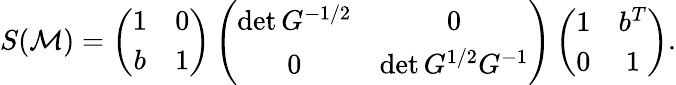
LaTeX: S({\cal M})=\left(\begin{array}{cc}{{1}}&{{0}}\\ {{b}}&{{1}}\end{array}\right)\left(\begin{array}{cc}{{\operatorname*{det}G^{-1/2}}}&{{0}}\\ {{0}}&{{\operatorname*{det}G^{1/2}G^{-1}}}\end{array}\right)\left(\begin{array}{cc}{{1}}&{{b^{T}}}\\ {{0}}&{{1}}\end{array}\right).